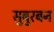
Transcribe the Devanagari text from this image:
सुबुरबन